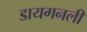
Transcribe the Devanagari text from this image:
डायगनली